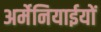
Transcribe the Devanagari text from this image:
अर्मेनियाईयों